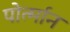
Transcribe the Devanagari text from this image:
पोर्त्मान